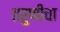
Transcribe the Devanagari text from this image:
तरुणीचा